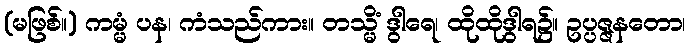
(မဖြစ်။) ကမ္မံ ပန၊ ကံသည်ကား။ တသ္မိံ ဒွါရေ၊ ထိုထိုဒွါရ၌။ ဥပ္ပဇ္ဇနတော၊